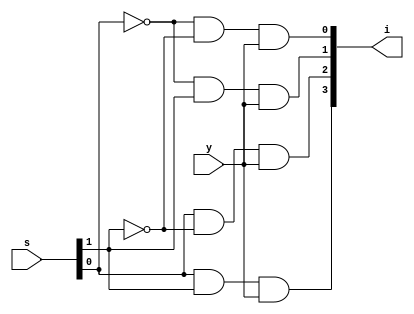
module demux_1x4(s,y,i);

	input [1:0] s;
	input y;
	output [3:0] i;
	
	wire w1,w2;
	wire [3:0] i;
	
	assign w1 = ~s[0];
	assign w2 = ~s[1];
	
	assign i[0] = w1 & w2 & y;
	assign i[1] = w1 & s[1] & y;
	assign i[2] = s[0] & w2 & y;
	assign i[3] = s[0] & s[1] & y;
	
	
endmodule